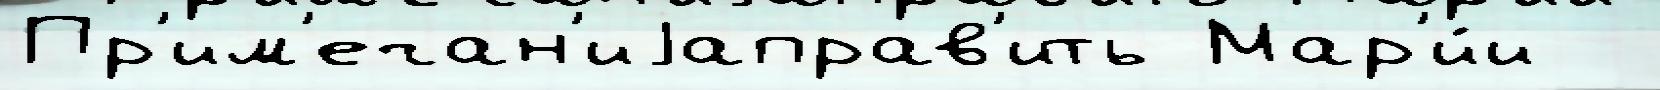
Пр'им'ечан'иjаправ'ить Мар'и́и